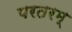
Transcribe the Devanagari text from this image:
परतरम्